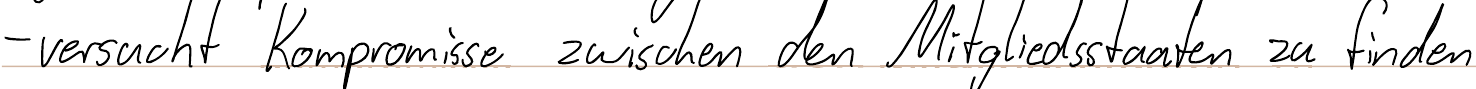
- versucht Kompromisse zwischen den Mitgliedsstaaten zu finden